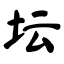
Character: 坛